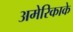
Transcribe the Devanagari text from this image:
अमेरिकाके